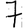
Digit: 7